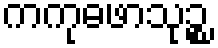
ကကုဓဖာသုဉ္စ